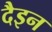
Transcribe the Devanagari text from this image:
दैइन